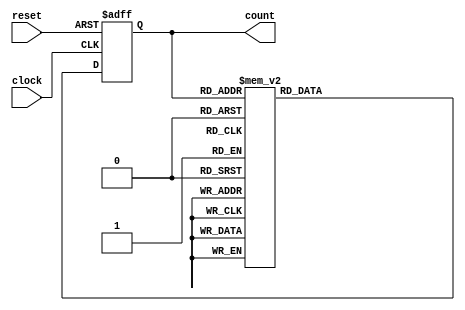
module gray_counter (
    input wire clock,
    input wire reset,
    output reg [3:0] count //assuming 4-bit Gray counter
);

reg [3:0] next_count;

always @(posedge clock or posedge reset) begin
    if (reset) begin
        count <= 4'b0000; //initialize count to 0
    end else begin
        count <= next_count;
    end
end

always @* begin
    case(count)
        4'b0000: next_count = 4'b0001;
        4'b0001: next_count = 4'b0011;
        4'b0011: next_count = 4'b0010;
        4'b0010: next_count = 4'b0110;
        4'b0110: next_count = 4'b0111;
        4'b0111: next_count = 4'b0101;
        4'b0101: next_count = 4'b0100;
        4'b0100: next_count = 4'b1100;
        4'b1100: next_count = 4'b1101;
        4'b1101: next_count = 4'b1111;
        4'b1111: next_count = 4'b1110;
        4'b1110: next_count = 4'b1010;
        4'b1010: next_count = 4'b1011;
        4'b1011: next_count = 4'b1001;
        4'b1001: next_count = 4'b1000;
        4'b1000: next_count = 4'b0000;
        default: next_count = 4'b0000;
    endcase
end

endmodule